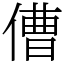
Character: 傮